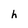
Character: h